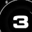
Digit: 3